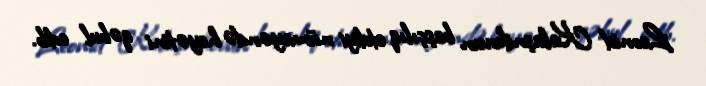
Leonid Kalaşnikovun başçılıq etdiyi nümayəndə heyətini qəbul edib.